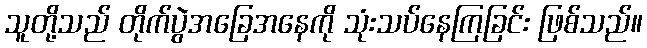
သူတို့သည် တိုက်ပွဲအခြေအနေကို သုံးသပ်နေကြခြင်း ဖြစ်သည်။